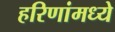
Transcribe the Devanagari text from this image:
हरिणांमध्ये